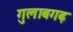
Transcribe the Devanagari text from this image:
गुलाबगढ़